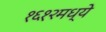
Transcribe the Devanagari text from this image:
१६१२मध्ये